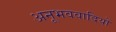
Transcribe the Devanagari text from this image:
अनूभववादियों